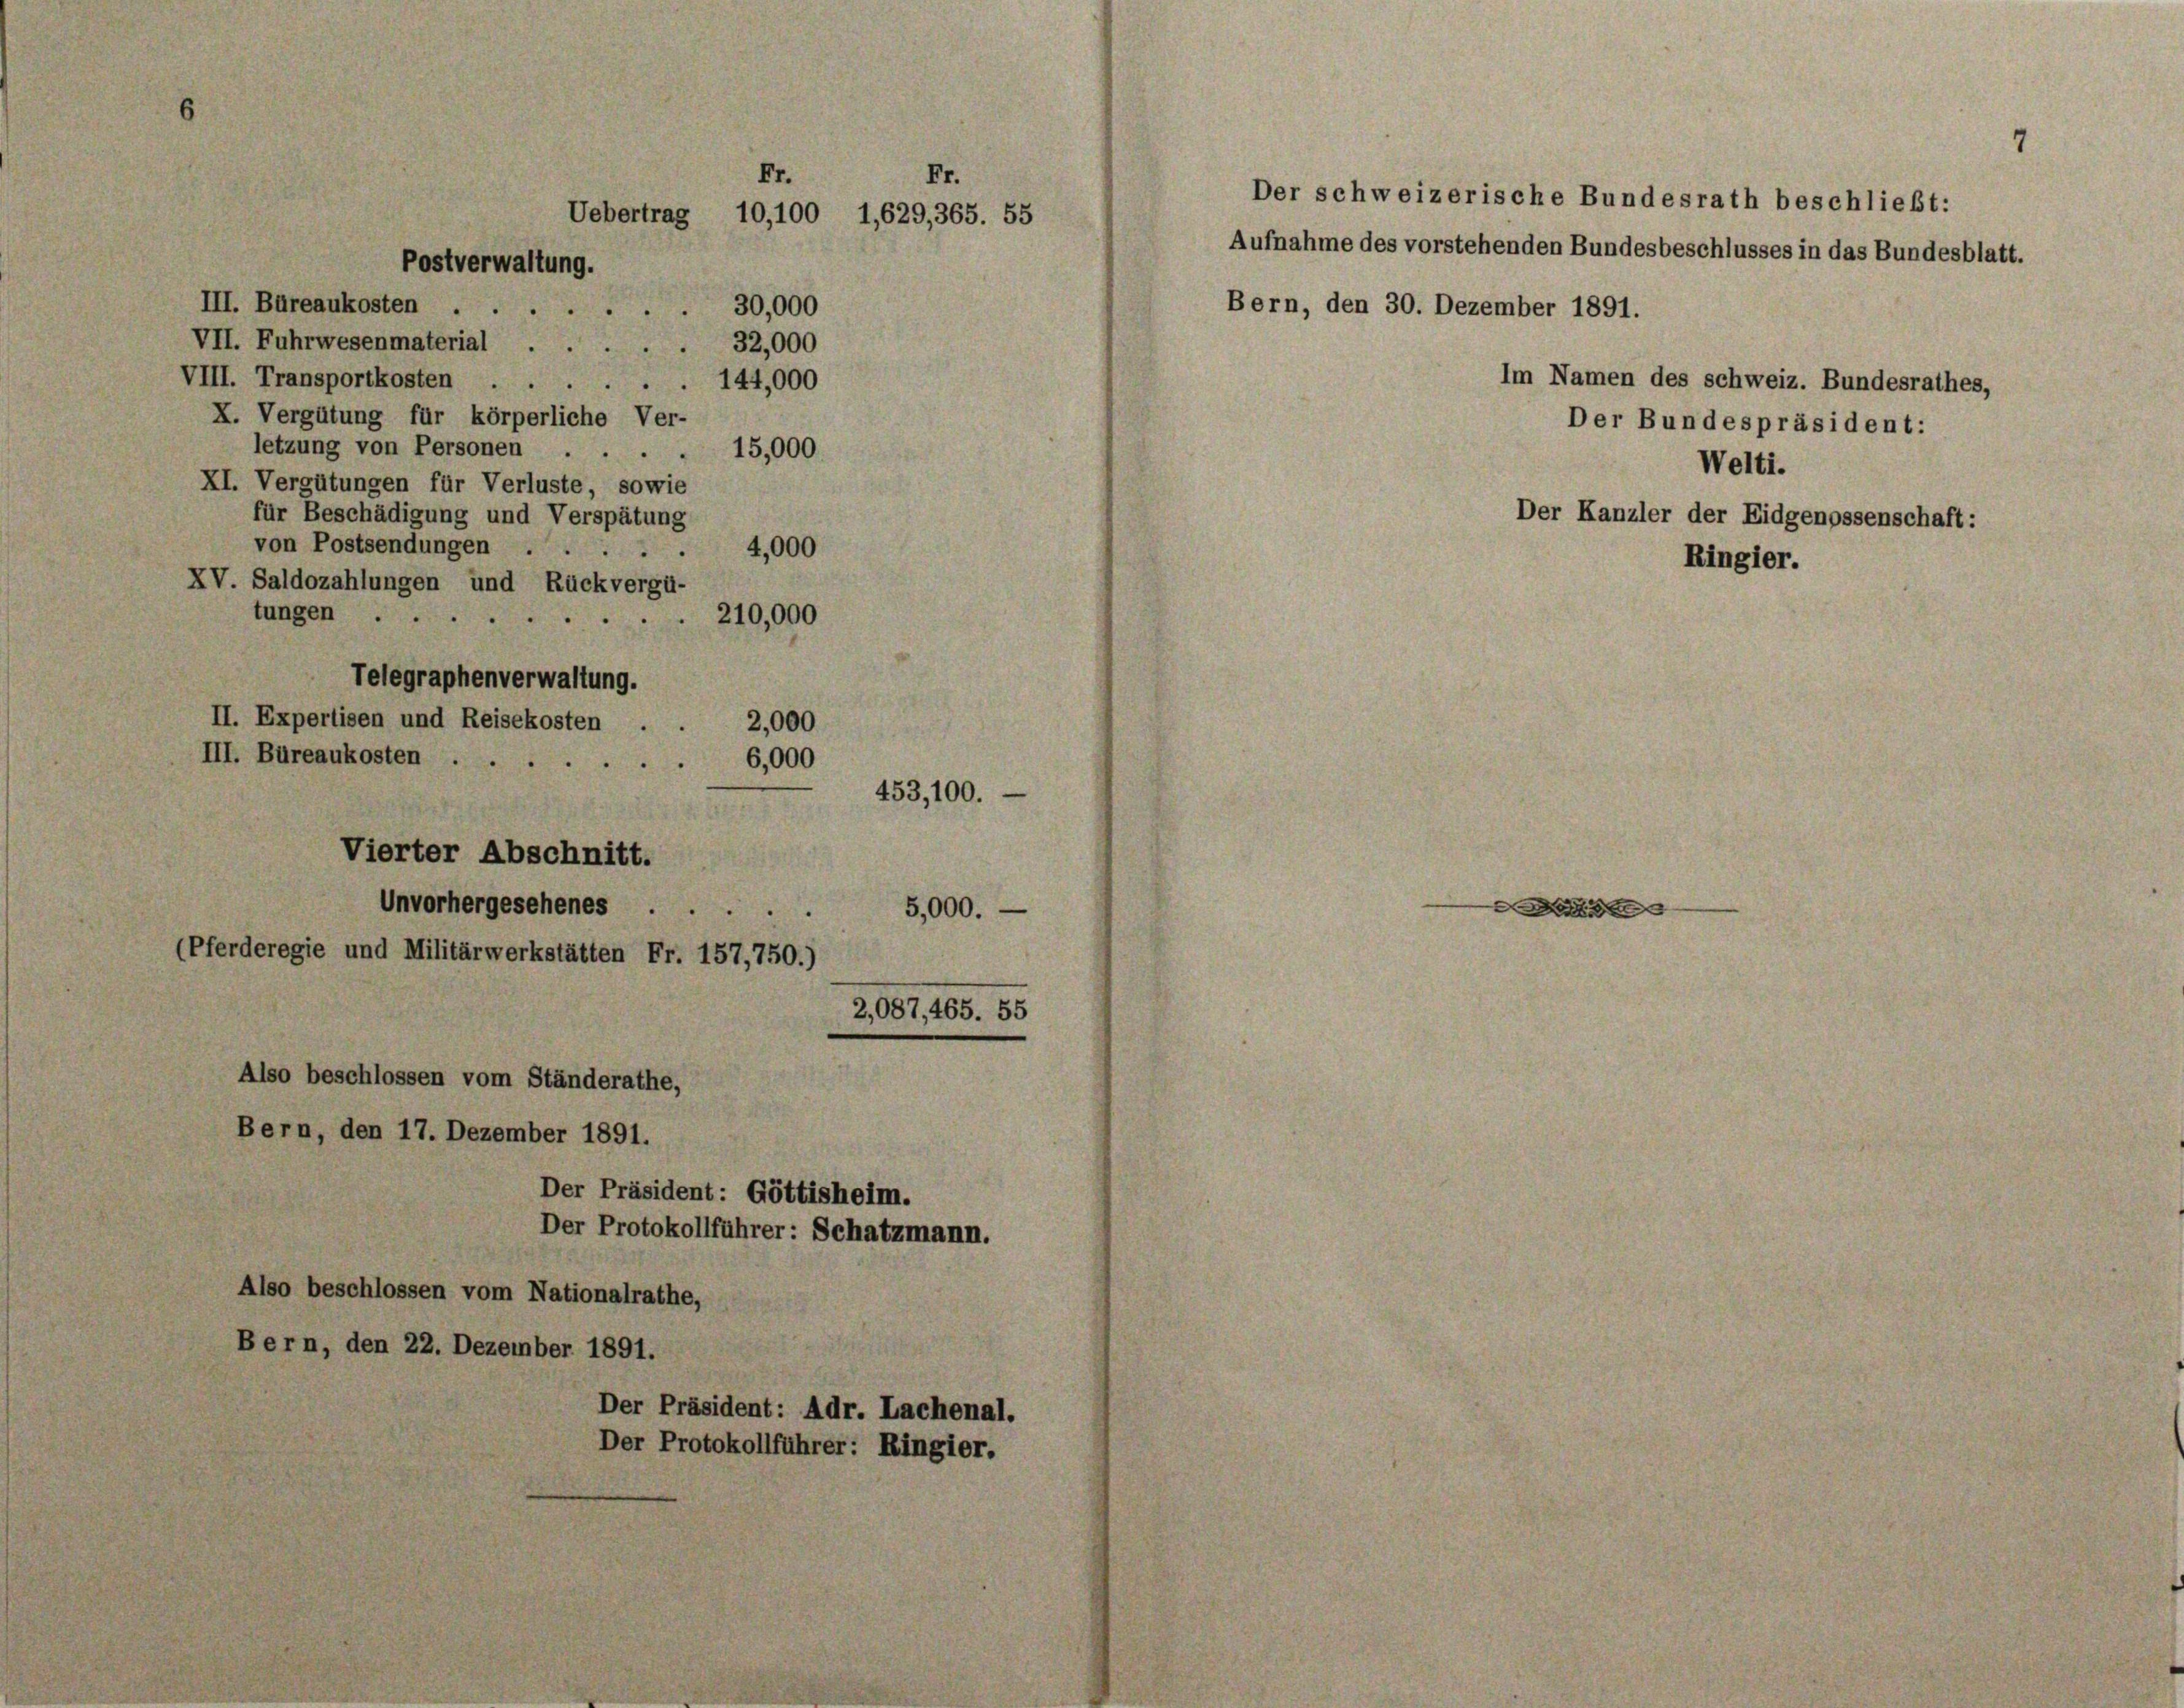
III. Büreaukosten
32,000
VII. Fuhrwesenmaterial . .
VIII. Transportkosten . .
144,000
X. Vergütung für körperliche Ver-
letzung von Personen . .
XI. Vergütungen für Verluste, sowie
für Beschädigung und Verspätung
von Postsendungen .
XV. Saldozahlungen und Rückvergü-
tungen
210,000
II. Expertisen und Reisekosten.
2,000
III. Büreaukosten
6,000
453,100.
Vierter Abschnitt.
Unvorhergesehenes ...
5,000. —
(Pferderegie und Militärwerkstätten Fr. 157,750.)
2,087,465. 55
Also beschlossen vom Ständerathe,
Bern, den 17. Dezember 1891.

Fr.
Fr.
Uebertrag 10,100 1,629, 365. 55
Postverwaltung.

Telegraphenverwaltung.

Also beschlossen vom Nationalrathe,
Bern, den 22. Dezember 1891.
Der Präsident: Adr. Lachenal.
Der Protokollführer: Ringier.

Der Präsident: Göttisheim.
Der Protokollführer: Schatzmann.

15,000
4,000

30,000

Bern, den 30. Dezember 1891.

Der schweizerische Bundesrath beschließt:
Aufnahme des vorstehenden Bundesbeschlusses in das Bundesblatt.

Der Kanzler der Eidgenossenschaft:
Ringier.

|

Im Namen des schweiz. Bundesrathes,
Der Bundespräsident:
Welti.

7